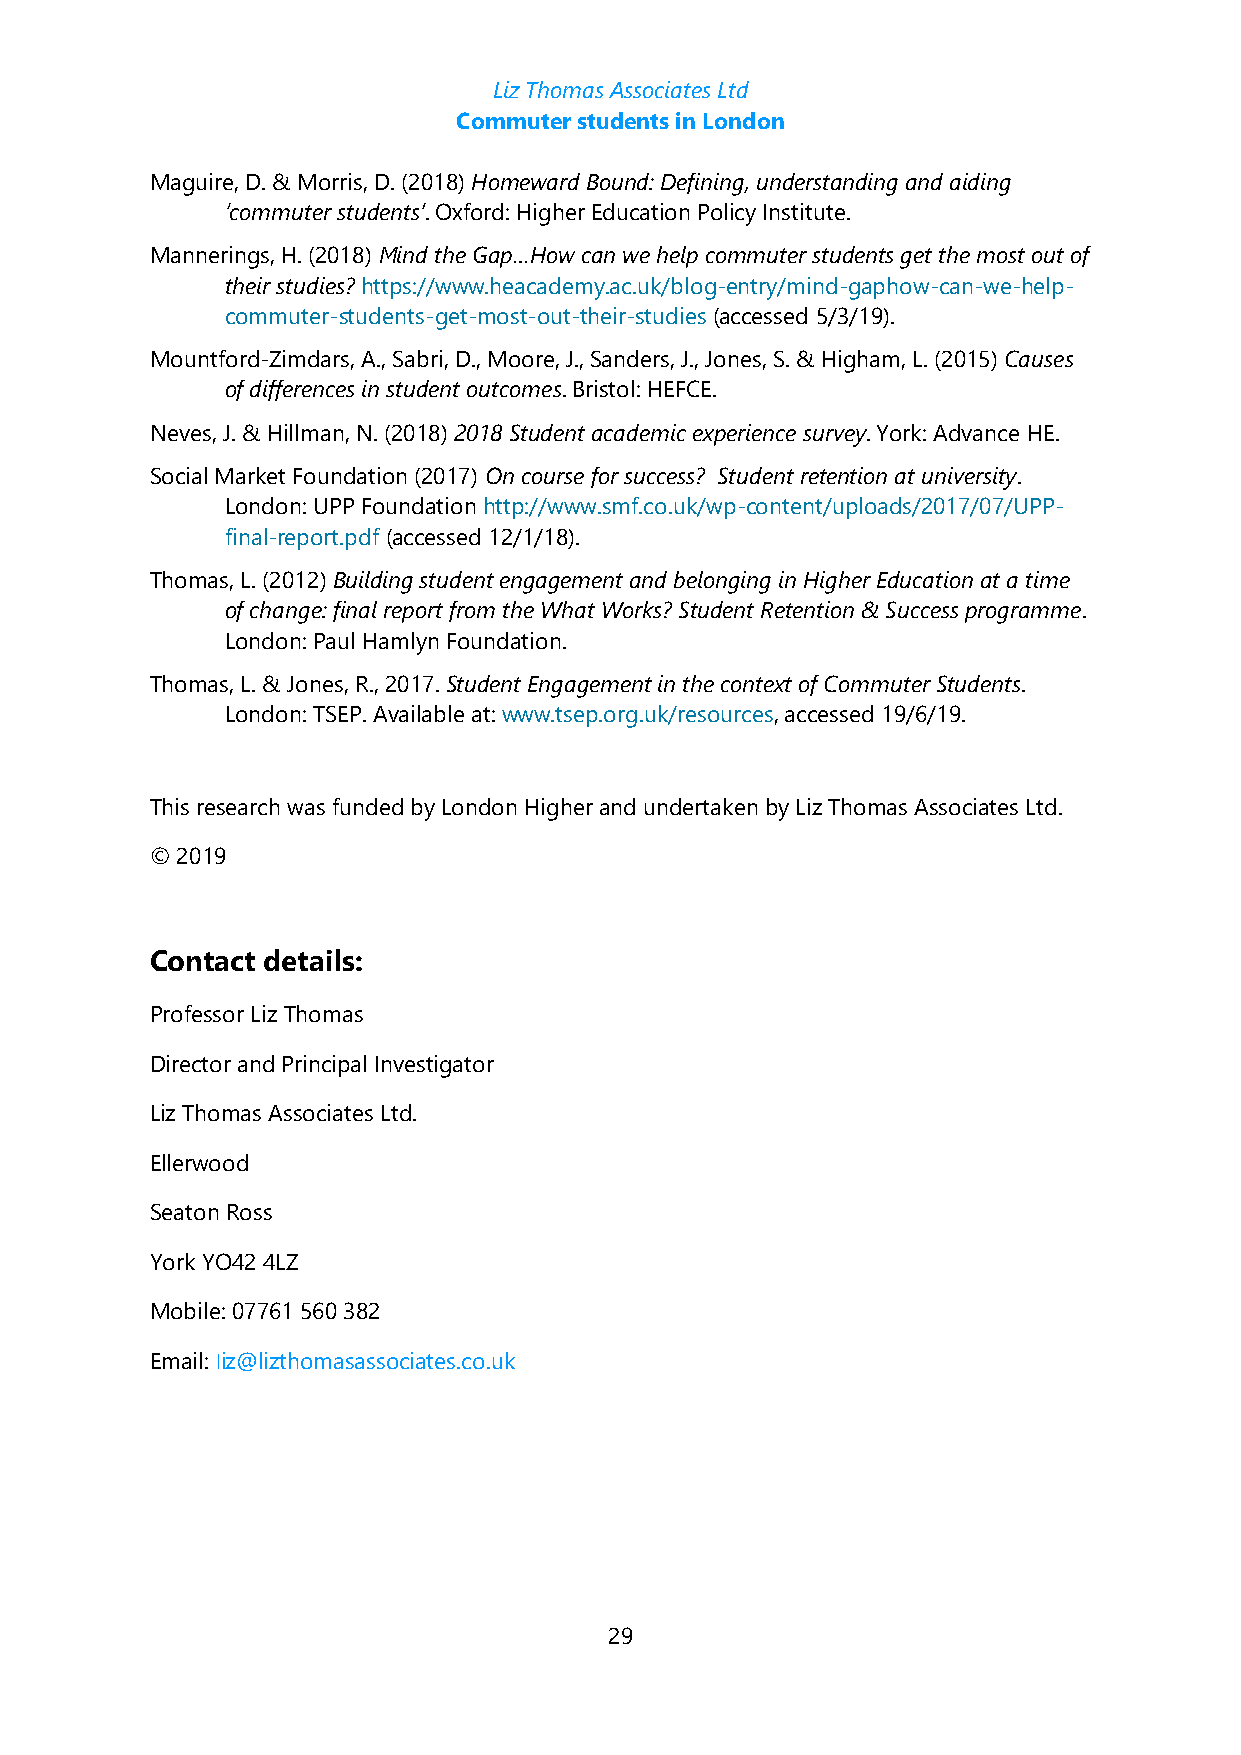
Liz Thomas Associates Ltd
 Commuter students in London
 Maguire, D. & Morris, D. (2018) Homeward Bound: Defining, understanding and aiding
 ‘commuter students’. Oxford: Higher Education Policy Institute.
 Mannerings, H. (2018) Mind the Gap…How can we help commuter students get the most out of
 their studies? https://www.heacademy.ac.uk/blog-entry/mind-gaphow-can-we-help-
 commuter-students-get-most-out-their-studies (accessed 5/3/19).
 Mountford-Zimdars, A., Sabri, D., Moore, J., Sanders, J., Jones, S. & Higham, L. (2015) Causes
 of differences in student outcomes. Bristol: HEFCE.
 Neves, J. & Hillman, N. (2018) 2018 Student academic experience survey. York: Advance HE.
 Social Market Foundation (2017) On course for success? Student retention at university.
 London: UPP Foundation http://www.smf.co.uk/wp-content/uploads/2017/07/UPP-
 final-report.pdf (accessed 12/1/18).
 Thomas, L. (2012) Building student engagement and belonging in Higher Education at a time
 of change: final report from the What Works? Student Retention & Success programme.
 London: Paul Hamlyn Foundation.
 Thomas, L. & Jones, R., 2017. Student Engagement in the context of Commuter Students.
 London: TSEP. Available at: www.tsep.org.uk/resources, accessed 19/6/19.
 This research was funded by London Higher and undertaken by Liz Thomas Associates Ltd.
 © 2019
 Contact details:
 Professor Liz Thomas
 Director and Principal Investigator
 Liz Thomas Associates Ltd.
 Ellerwood
 Seaton Ross
 York YO42 4LZ
 Mobile: 07761 560 382
 Email: liz@lizthomasassociates.co.uk
 29